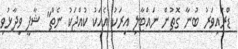
ޑްރައިވަރު ބުނާ ގޮތުން ނައްޓާލި އިރަކު އެއަކު ކުއްޖަކު ނެތް" ޝާފީ ވިދާޅުވި